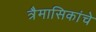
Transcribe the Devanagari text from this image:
त्रैमासिकांचे